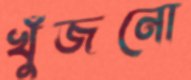
খুঁজনো